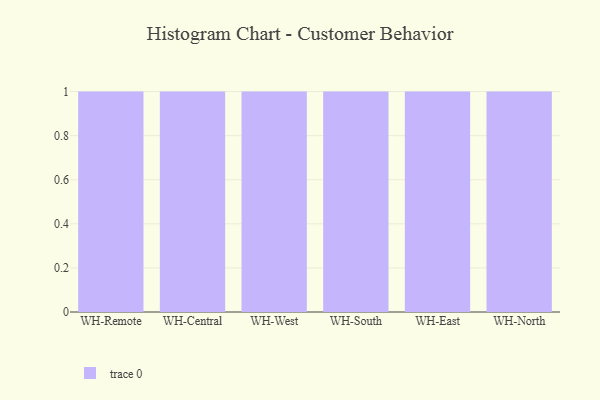
{"axis": {"x": "Warehouse", "y": "Backlog"}, "legend": [""], "data": [{"x": "WH-Remote", "y": 17, "type": ""}, {"x": "WH-Central", "y": 64, "type": ""}, {"x": "WH-West", "y": 11, "type": ""}, {"x": "WH-South", "y": 82, "type": ""}, {"x": "WH-East", "y": 53, "type": ""}, {"x": "WH-North", "y": 7, "type": ""}]}